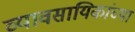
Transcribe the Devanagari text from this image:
व्यावसायिकांच्या